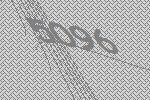
5096